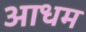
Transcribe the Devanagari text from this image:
आधम